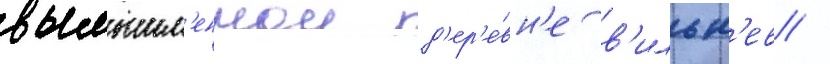
вымышл'еннои д'ер'е́вн'е в'ильн'ев /